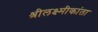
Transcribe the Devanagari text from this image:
श्रीलक्ष्मीकांता